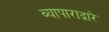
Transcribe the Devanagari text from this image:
व्यापाराद्वारे